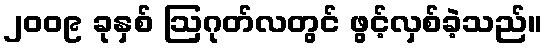
၂၀၀၉ ခုနှစ် ဩဂုတ်လတွင် ဖွင့်လှစ်ခဲ့သည်။